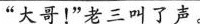
“大哥!”老三叫了声。